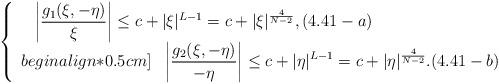
LaTeX: \begin{align*}\left\{\begin{array}{ll}~~\displaystyle \left|\dfrac{g_1(\xi,-\eta)}{\xi}\right|\leq c+|\xi|^{L-1}=c+|\xi|^{\frac{4}{N-2}},(4.41-a)\\begin{align*}0.5cm]\displaystyle~~\left|\dfrac{g_2(\xi,-\eta)}{-\eta}\right|\leq c+|\eta|^{L-1}=c+|\eta|^{\frac{4}{N-2}}.(4.41-b)\end{array}\right.\end{align*}